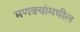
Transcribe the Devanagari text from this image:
मणक्‍यांमधील